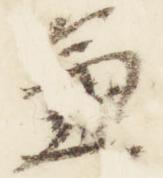
兼